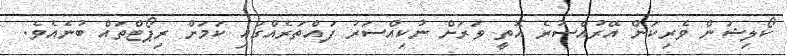
ކޯލިޝަން ވެރިކަން އޭރުއްސުރެ އޮތީ ވަރަށް ނުކިއްސަރު ފައްތަރެއްގައި ކަމަށް ރިޕޯޓްތައް ބުނެއެވެ.